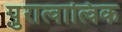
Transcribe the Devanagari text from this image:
पुरात्वात्विक